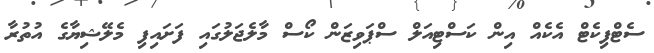
ސެޓްފިކެޓް އެކެއް އިން ކަސްޓިއަލް ސްޕަވިޒަން ކޯސް މާލެޖަލުގައި ފަށައިފި މެލޭޝިޔާގެ އުތުރާ